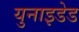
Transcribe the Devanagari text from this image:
युनाइडेड